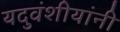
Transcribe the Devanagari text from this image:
यदुवंशीयांनी